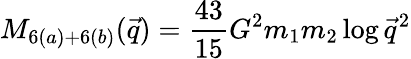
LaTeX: M_{6(a)+6(b)}(\vec{q})={\frac{43}{15}}G^{2}m_{1}m_{2}\log\vec{q}^{2}